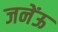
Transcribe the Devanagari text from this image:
जनेंऊ